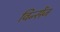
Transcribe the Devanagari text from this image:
विन्सेंज